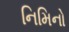
નિમિનો